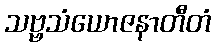
သဗ္ဗသံယောဇနာတီတံ